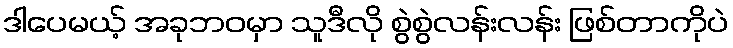
ဒါပေမယ့် အခုဘဝမှာ သူဒီလို စွဲစွဲလန်းလန်း ဖြစ်တာကိုပဲ